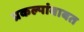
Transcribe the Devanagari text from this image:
प्रकल्पांबाबत